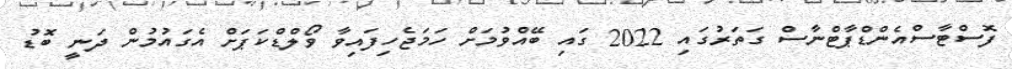
ފޮސްޓާސްއެންޑްޕާޓްނާސް ގަތަރުގައި 2022 ގައި ބޭއްވުމަށް ހަމަޖެހިފައިވާ ވޯލްޑްކަޕަށް އެގައުމުން ދަނީ ބޮޑު